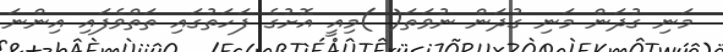
މަނި ގުދަން މަނި ގުދަން ނުވަތަ( )މިއީ އޮށުގެ ފަހަތުގައި ތަތްވެފައި އިންނަ